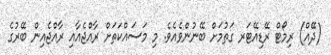
(ދޭއް) ރިމޯޓް ރޭޑިއޭޓަރ ގަތުމަށް ބޭނުންވެއެވެ. މި މަސައްކަތަށް ރާއްޖެއާއި ރާއްޖެއިން ބޭރުގެ